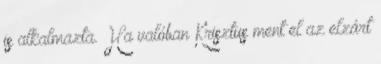
is alkalmazta. Ha valóban Krisztus ment el az elzárt